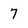
Character: 7